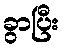
ခွာပြီး